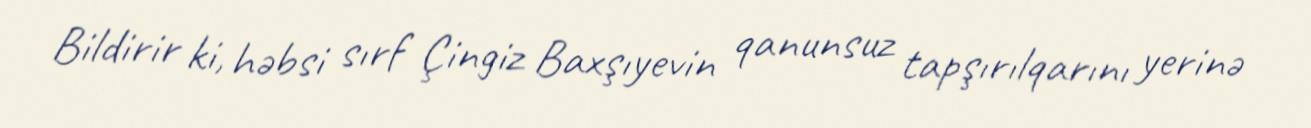
Bildirir ki, həbsi sırf Çingiz Baxşıyevin qanunsuz tapşırılqarını yerinə